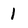
Character: 1